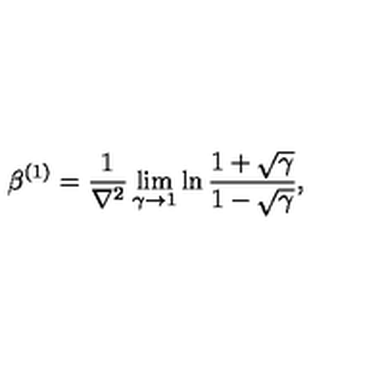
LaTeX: \beta ^ { ( 1 ) } = { \frac { 1 } { \nabla ^ { 2 } } } \lim _ { \gamma \to 1 } \ln { \frac { 1 + \sqrt \gamma } { 1 - \sqrt \gamma } } ,